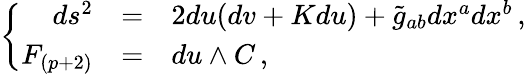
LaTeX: \left\{ \begin{array}{rcl}{{ds^{2}}}&{{=}}&{{2du(dv+Kdu)+\tilde{g}_{ab}dx^{a}dx^{b}\, ,}}\\ {{F_{(p+2)}}}&{{=}}&{{du\land C\, ,}}\end{array}\right.